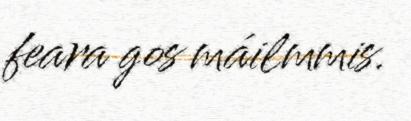
feara gos máilmmis.